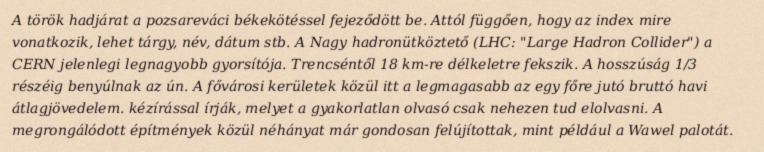
A török hadjárat a pozsareváci békekötéssel fejeződött be. Attól függően, hogy az index mire vonatkozik, lehet tárgy, név, dátum stb. A Nagy hadronütköztető (LHC: "Large Hadron Collider") a CERN jelenlegi legnagyobb gyorsítója. Trencséntől 18 km-re délkeletre fekszik. A hosszúság 1/3 részéig benyúlnak az ún. A fővárosi kerületek közül itt a legmagasabb az egy főre jutó bruttó havi átlagjövedelem. kézírással írják, melyet a gyakorlatlan olvasó csak nehezen tud elolvasni. A megrongálódott építmények közül néhányat már gondosan felújítottak, mint például a Wawel palotát.